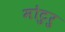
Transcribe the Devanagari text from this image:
मोटुरु